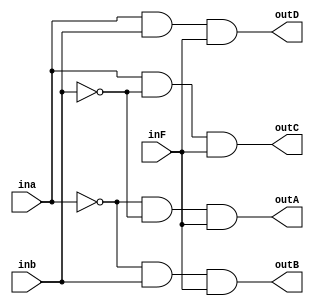
`timescale 1ns / 1ps

module demux(ina, inb, inF, outA, outB, outC, outD);

input ina, inb, inF;
output outA, outB, outC, outD;

assign outA=(~ina)&(~inb)&(inF);
assign outB=(~ina)&(inb)&(inF);
assign outC=(ina)&(~inb)&(inF);
assign outD=(ina)&(inb)&(inF);

endmodule